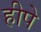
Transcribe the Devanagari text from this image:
हीपे